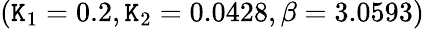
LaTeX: (\mathtt{K}_{1}=0.2,\mathtt{K}_{2}=0.0428,\beta=3.0593)